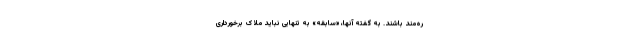
ره‌مند باشند. به گفته آنها، «سابقه» به تنهایی نباید ملاک برخورداری